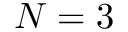
N = 3